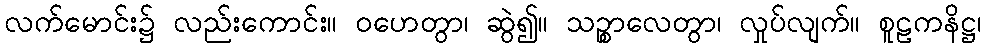
လက်မောင်း၌ လည်းကောင်း။ ဝဟေတွာ၊ ဆွဲ၍။ သဉ္စာလေတွာ၊ လှုပ်လျက်။ စူဠကနိဋ္ဌ၊